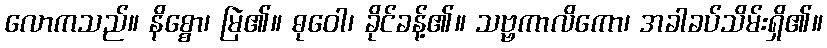
လောကသည်။ နိစ္စော၊ မြဲ၏။ ဓုဝေါ၊ ခိုင်ခန့်၏။ သဗ္ဗကာလိကော၊ အခါခပ်သိမ်းရှိ၏။